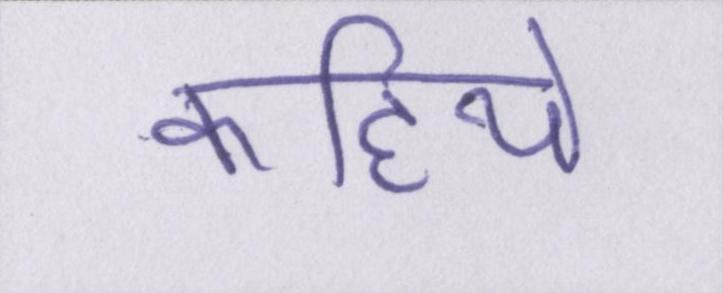
कहिये